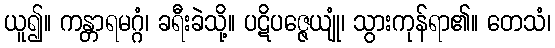
ယူ၍။ ကန္တာရမဂ္ဂံ၊ ခရီးခဲသို့။ ပဋိပဇ္ဇေယျုံ၊ သွားကုန်ရာ၏။ တေသံ၊